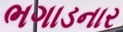
ભગાડનાર